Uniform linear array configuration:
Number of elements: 16
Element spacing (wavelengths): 0.5
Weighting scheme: binomial
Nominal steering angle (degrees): -15
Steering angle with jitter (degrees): -14.606
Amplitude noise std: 0.05
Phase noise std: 0.05

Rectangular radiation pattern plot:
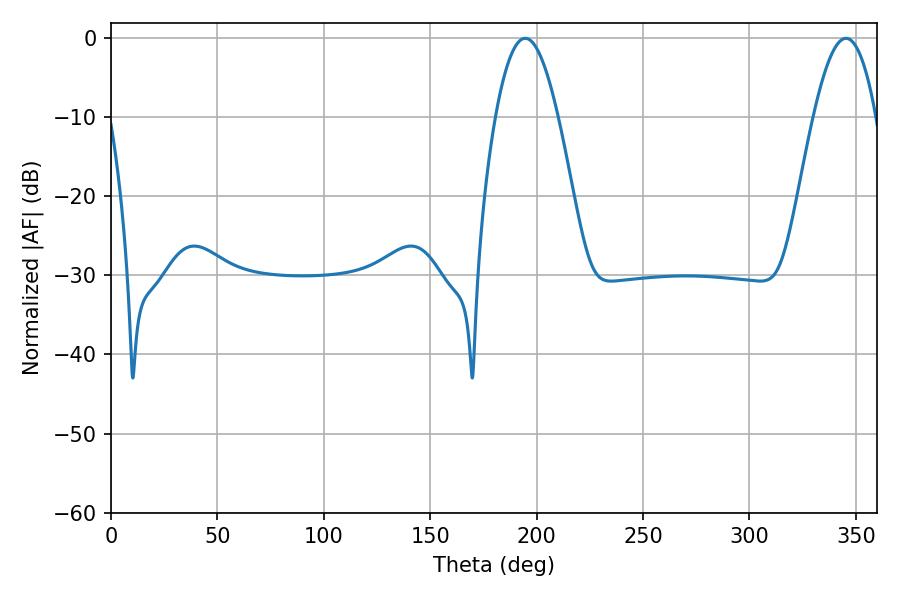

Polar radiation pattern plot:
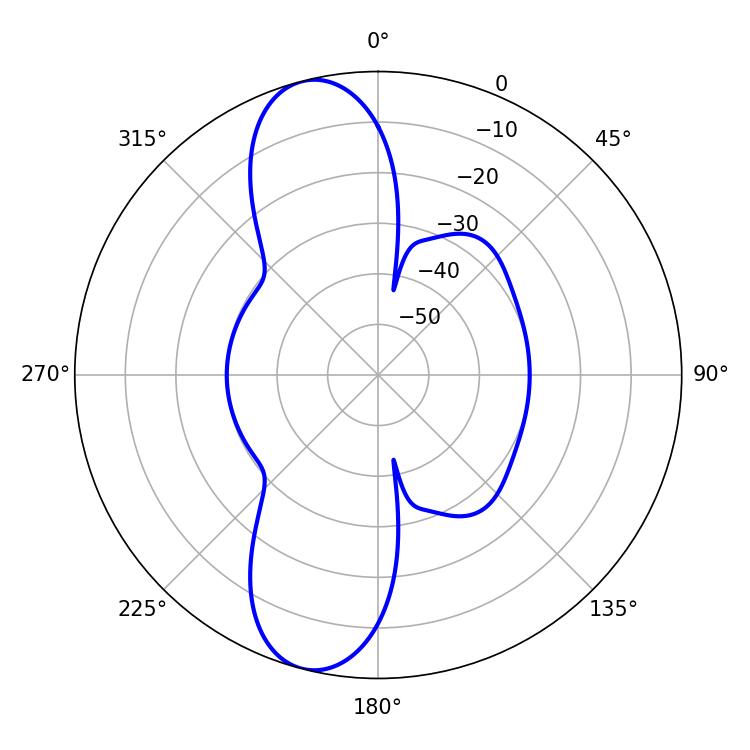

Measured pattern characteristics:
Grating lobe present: FALSE
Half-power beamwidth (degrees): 16.02
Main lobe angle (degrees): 194.58